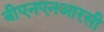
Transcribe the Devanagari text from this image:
बीएनएनआरसी